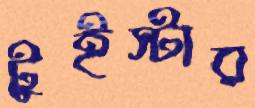
টুইস্টার